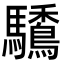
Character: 𩧒